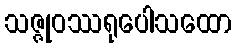
သဇ္ဇုဝဿရုပေါသထော